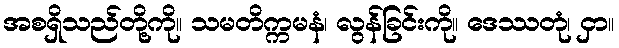
အစရှိသည်တို့ကို။ သမတိက္ကမနံ၊ လွန်ခြင်းကို။ ဒေဿတုံ၊ ငှာ။